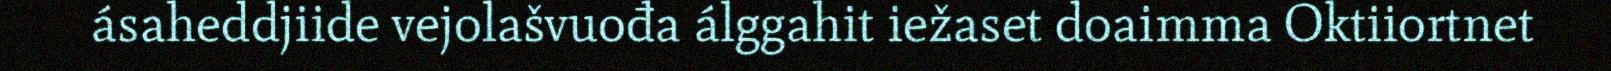
ásaheddjiide vejolašvuođa álggahit iežaset doaimma Oktiiortnet